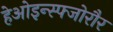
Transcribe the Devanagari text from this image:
हेओइन्स्फ्जोरौर